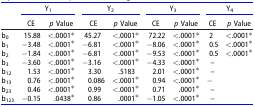
<table><thead><tr><td><b> </b></td><td colspan="2"><b>Y<sub>1</sub></b></td><td colspan="2"><b>Y<sub>2</sub></b></td><td colspan="2"><b>Y<sub>3</sub></b></td><td colspan="2"><b>Y<sub>4</sub></b></td></tr><tr><td><b> </b></td><td><b>CE</b></td><td><b><i>p</i> Value</b></td><td><b>CE</b></td><td><b><i>p</i> Value</b></td><td><b>CE</b></td><td><b><i>p</i> Value</b></td><td><b>CE</b></td><td><b><i>p</i> Value</b></td></tr></thead><tbody><tr><td>b<sub>0</sub></td><td>15.88</td><td>&lt;.0001*</td><td>45.27</td><td>&lt;.0001*</td><td>72.22</td><td>&lt;.0001*</td><td>2</td><td>&lt;.0001*</td></tr><tr><td>b<sub>1</sub></td><td>−3.48</td><td>&lt;.0001*</td><td>−6.81</td><td>&lt;.0001*</td><td>−8.06</td><td>&lt;.0001*</td><td>0.5</td><td>&lt;.0001*</td></tr><tr><td>b<sub>2</sub></td><td>−1.84</td><td>&lt;.0001*</td><td>−6.81</td><td>&lt;.0001*</td><td>−9.53</td><td>&lt;.0001*</td><td>0.5</td><td>&lt;.0001*</td></tr><tr><td>b<sub>3</sub></td><td>−3.60</td><td>&lt;.0001*</td><td>−3.16</td><td>&lt;.0001*</td><td>−4.33</td><td>&lt;.0001*</td><td>–</td><td> </td></tr><tr><td>b<sub>12</sub></td><td>1.53</td><td>&lt;.0001*</td><td>3.30</td><td>.5183</td><td>2.01</td><td>&lt;.0001*</td><td>–</td><td> </td></tr><tr><td>b<sub>13</sub></td><td>0.76</td><td>&lt;.0001*</td><td>0.086</td><td>&lt;.0001*</td><td>0.94</td><td>&lt;.0001*</td><td>−</td><td> </td></tr><tr><td>b<sub>23</sub></td><td>0.46</td><td>&lt;.0001*</td><td>0.99</td><td>&lt;.0001*</td><td>0.71</td><td>.0001*</td><td>–</td><td> </td></tr><tr><td>b<sub>123</sub></td><td>−0.15</td><td>.0438*</td><td>0.86</td><td>.0001*</td><td>−1.05</td><td>&lt;.0001*</td><td>–</td><td> </td></tr></tbody></table>